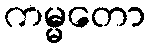
ကမ္မတော